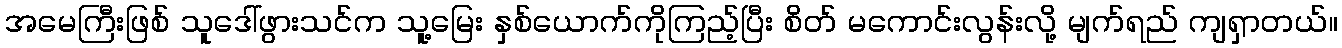
အမေကြီးဖြစ် သူဒေါ်ဖွားသင်က သူ့မြေး နှစ်ယောက်ကိုကြည့်ပြီး စိတ် မကောင်းလွန်းလို့ မျက်ရည် ကျရှာတယ်။